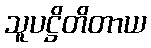
သူပဋ္ဌိတိတာယ